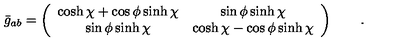
\bar { g } _ { a b } = \left( \begin{array} { c c } { \displaystyle { \cosh \chi + \cos \phi \sinh \chi } } & { \displaystyle { \sin \phi \sinh \chi } } \\ { \displaystyle { \sin \phi \sinh \chi } } & { \displaystyle { \cosh \chi - \cos \phi \sinh \chi } } \\ \end{array} \right) \qquad .